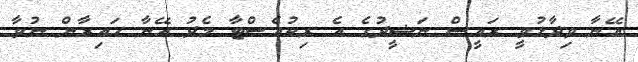
އޭނާ ވިދާޅުވީ ރައީސް ނަޝީދުގެ އެ ރިކުއެސްޓާ މެދު އޭނާ ހައިރާން ނުވާ